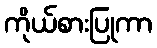
ကိုယ်စားပြုကာ